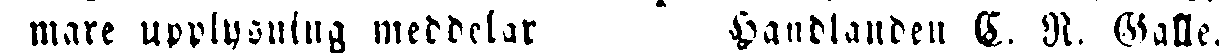
mare upplysning meddelar Handlanden C. R. Galle.